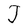
Character: J